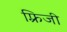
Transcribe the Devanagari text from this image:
फ़्रिजी